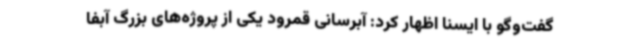
گفت‌وگو با ایسنا اظهار کرد: آبرسانی قمرود یکی از پروژه‌های بزرگ آبفا